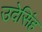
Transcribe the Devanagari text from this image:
उदेसिंह